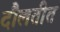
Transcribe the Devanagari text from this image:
दौलतीत